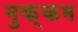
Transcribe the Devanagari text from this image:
मुक्कम